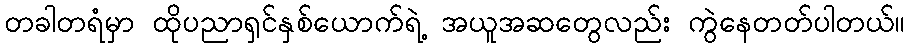
တခါတရံမှာ ထိုပညာရှင်နှစ်ယောက်ရဲ့ အယူအဆတွေလည်း ကွဲနေတတ်ပါတယ်။